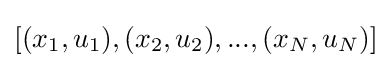
[(x_{1},u_{1}),(x_{2},u_{2}),...,(x_{N},u_{N})]